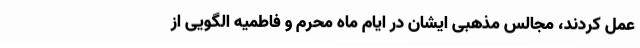
عمل کردند، مجالس مذهبی ایشان در ایام ماه محرم و فاطمیه الگویی از